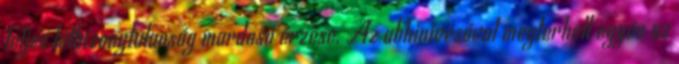
teljes létbizonytalanság mardosó érzése. Az abhinivésával megterhelt egyén az